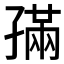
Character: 𡦖